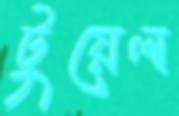
টুয়েল